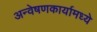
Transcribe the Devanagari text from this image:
अन्वेषणकार्यामध्ये